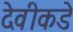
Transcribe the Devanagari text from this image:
देवीकडे